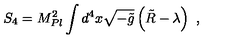
S _ { 4 } = M _ { P l } ^ { 2 } \int d ^ { 4 } x \sqrt { - \tilde { g } } \left( \tilde { R } - \lambda \right) \ ,